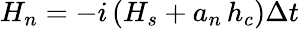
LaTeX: H_{n}=-i\, (H_{s}+a_{n}\, h_{c})\Delta t